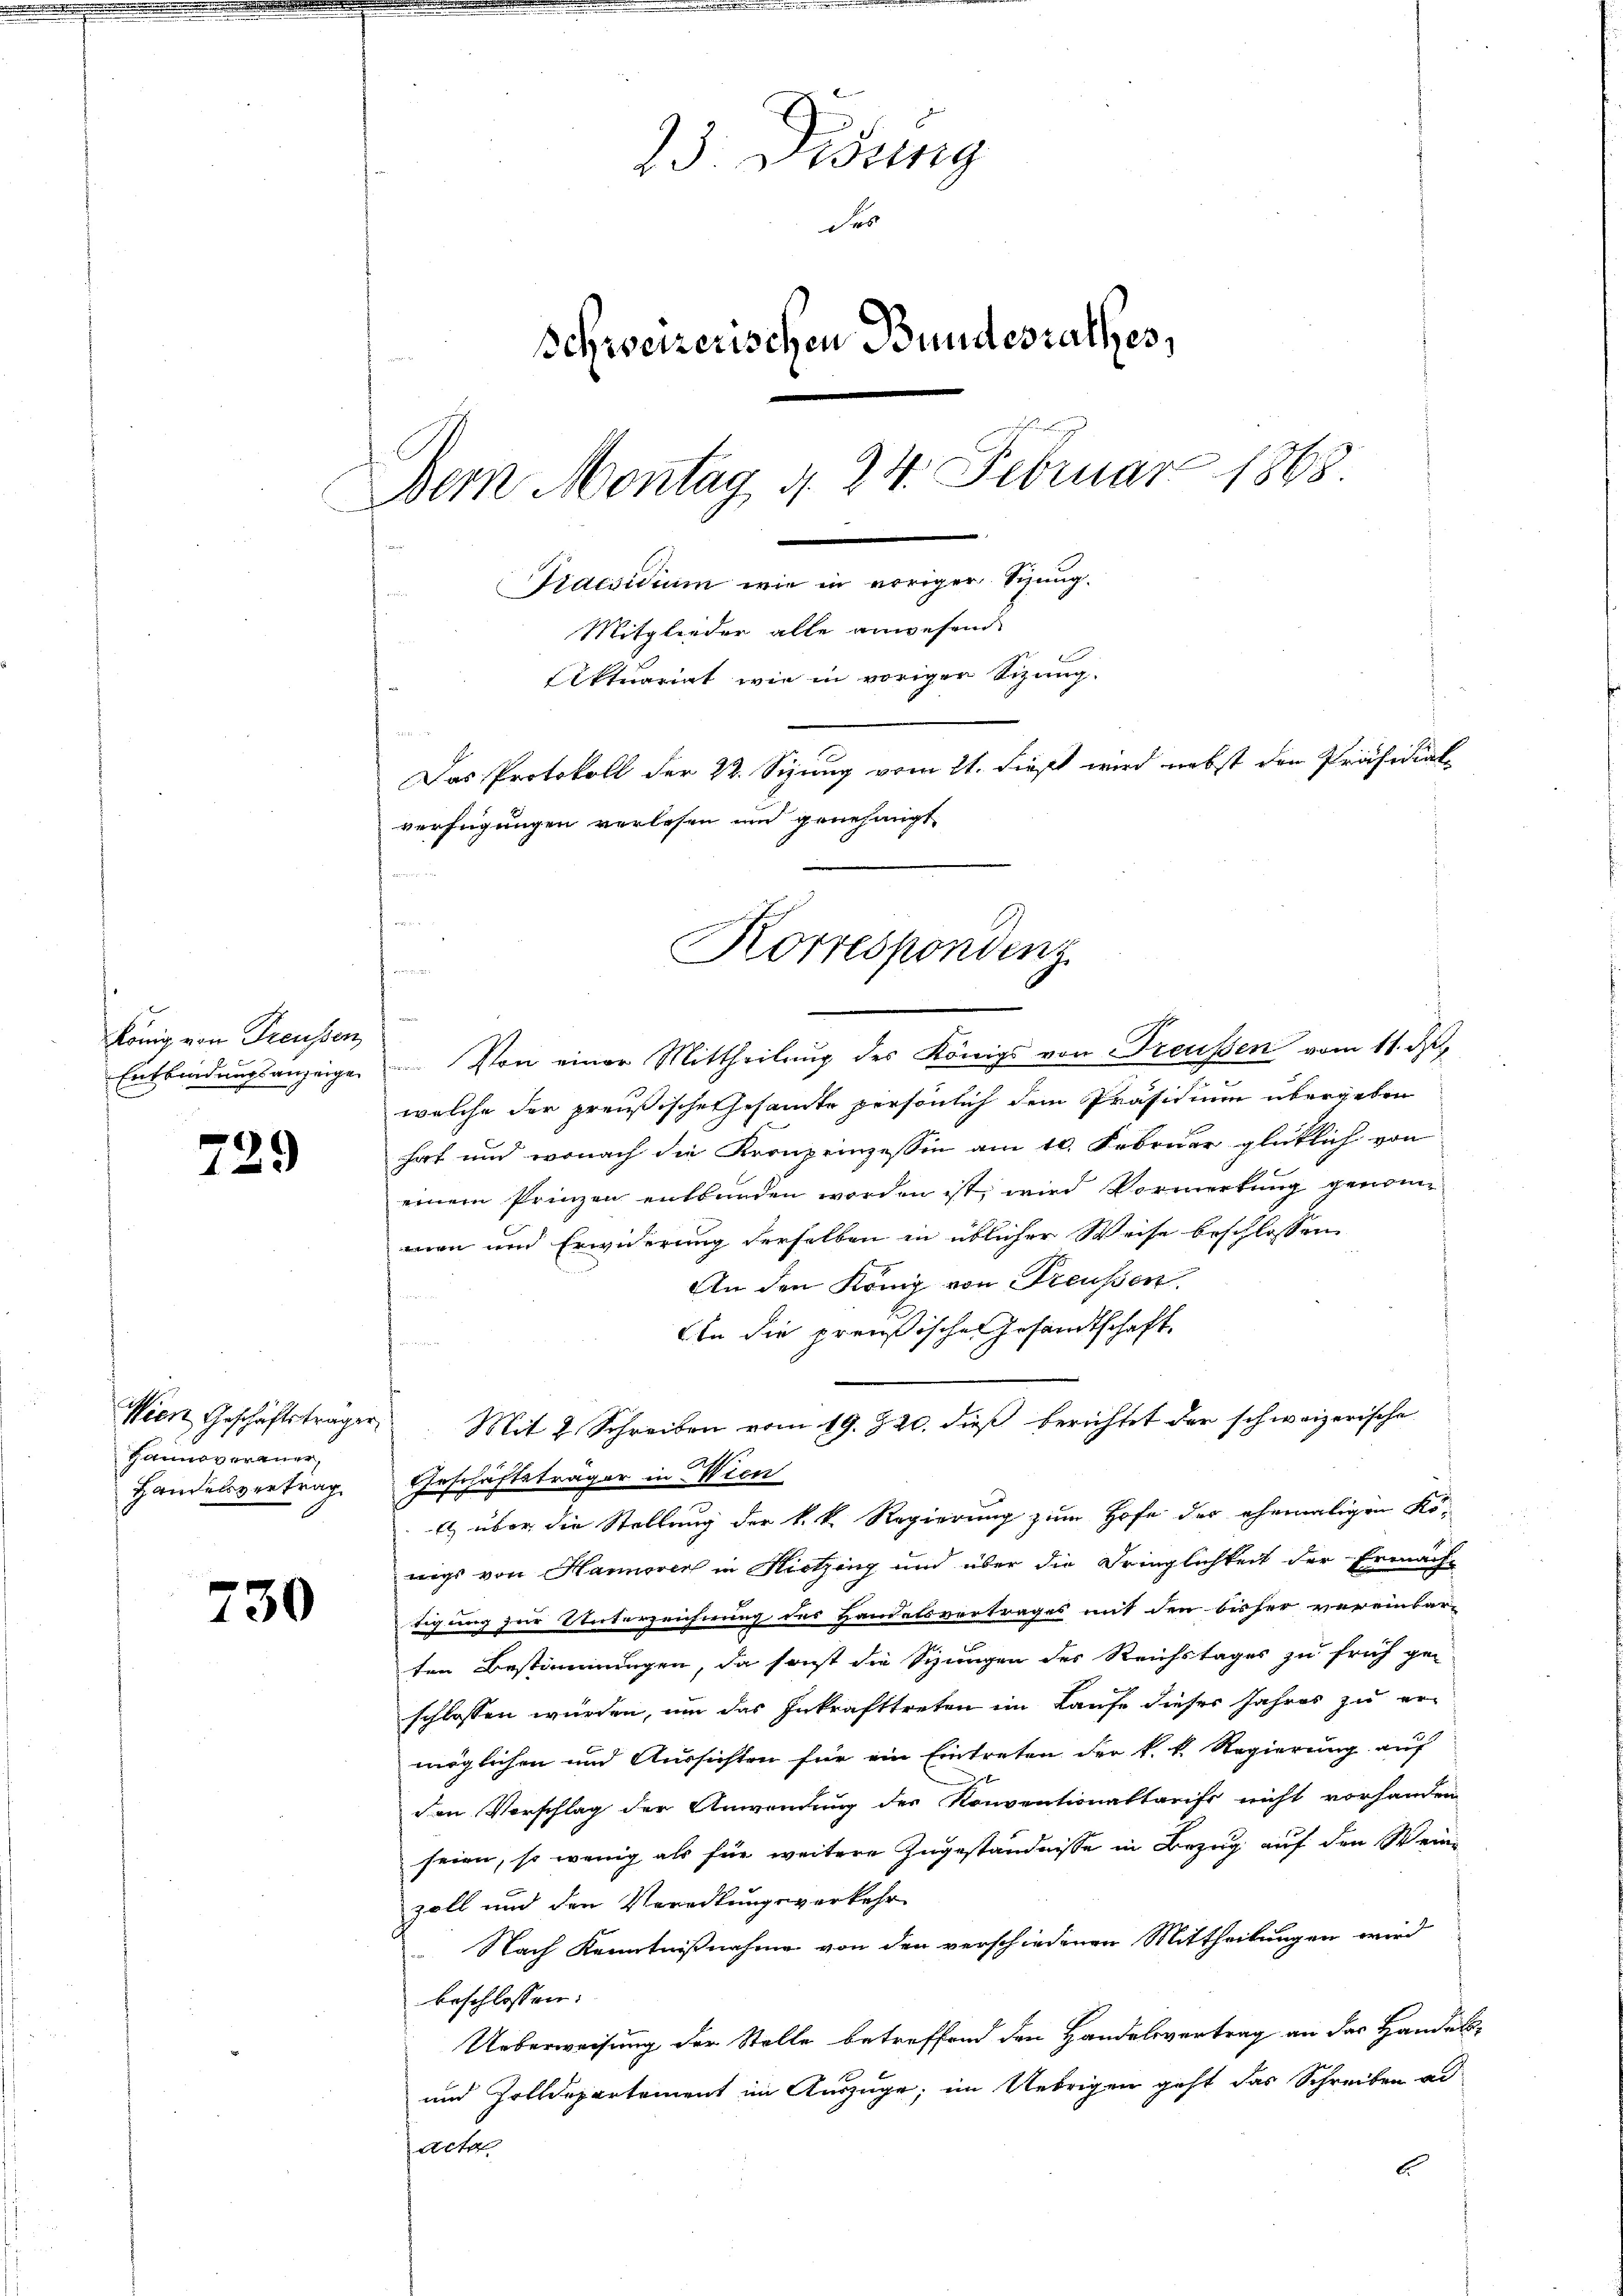
König von Treussen
Entbindungsanzeige

729

Wien Geschäftstragen
Hannoveraner,
Handelsvertrag

730

5
3 Winig
F
Schweizerischen Bundesrathes,
Bern Montag d. 24. Februar 1868.
Praesidium wie in voriger Sizung.
Mitglieder alle anwesend
iktuariat wie in vorigen Sizung.
Das Protokoll der 22. Sizung vom 21. dieß wird nebst den Präsidial-
verfügungen verlesen und genehmigt,

fr
 Von einer Mittheilung des Königs von Preußen vom 11. d.
welche der preußische Gesamte persönlich dem Präsidium übergeben
hat und wonach die Kronprinzessin am 10. Februar glücklich von
einem Prinzen entbunden worden ist, wird Vormerkung genomman und Erwiderung derselben in üblicher Weise beschlossen
An den König von Preußen.
An die preußischen Gesandtschaft
 Mit 2 Schreiben vom 19. 320. dieß berichtet der schweizerische
Geschäftsträger in Wien
1 über die Stellung der k. k. Regierung zum Hofe der ehemaligen Köwigs von Hannover in Hitzing und über die Dringlichkeit der Ermäch-
tigung zur Unterzeichnung des Handelsvertrages mit den bisher vereinbar-
ten Bestimmungen, da sonst die Sizungen des Reichstages zu früh ge-
schlossen würden, um das Inkrafttreten im Laufe dieses Jahres zu er-
möglichen und Aussichten für ein Eintreten der k. k. Regierung auf
den Vorschlag der Anwendung des Konventionaltarifs nicht vorhanden
seien, so wenig als für weitere Zugeständnisse in Bezug auf den Weinzoll und den Verödtungsverkehr
Nach Kenntnißnahme von den verschiedenen Mittheilungen wird
beschlossen:
Ueberweisung der Stelle betreffend den Handelsvertrag an das Handels¬
und Zolldepartement im Auszuge; im Uebrigen geht das Schreiben al
jact
6.

Korrespondenz